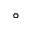
^ \circ